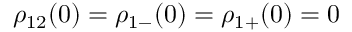
\rho _ { 1 2 } ( 0 ) = \rho _ { 1 - } ( 0 ) = \rho _ { 1 + } ( 0 ) = 0